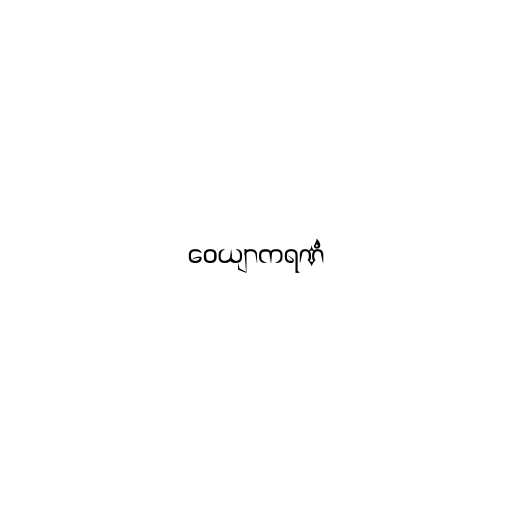
ဝေယျာကရဏံ